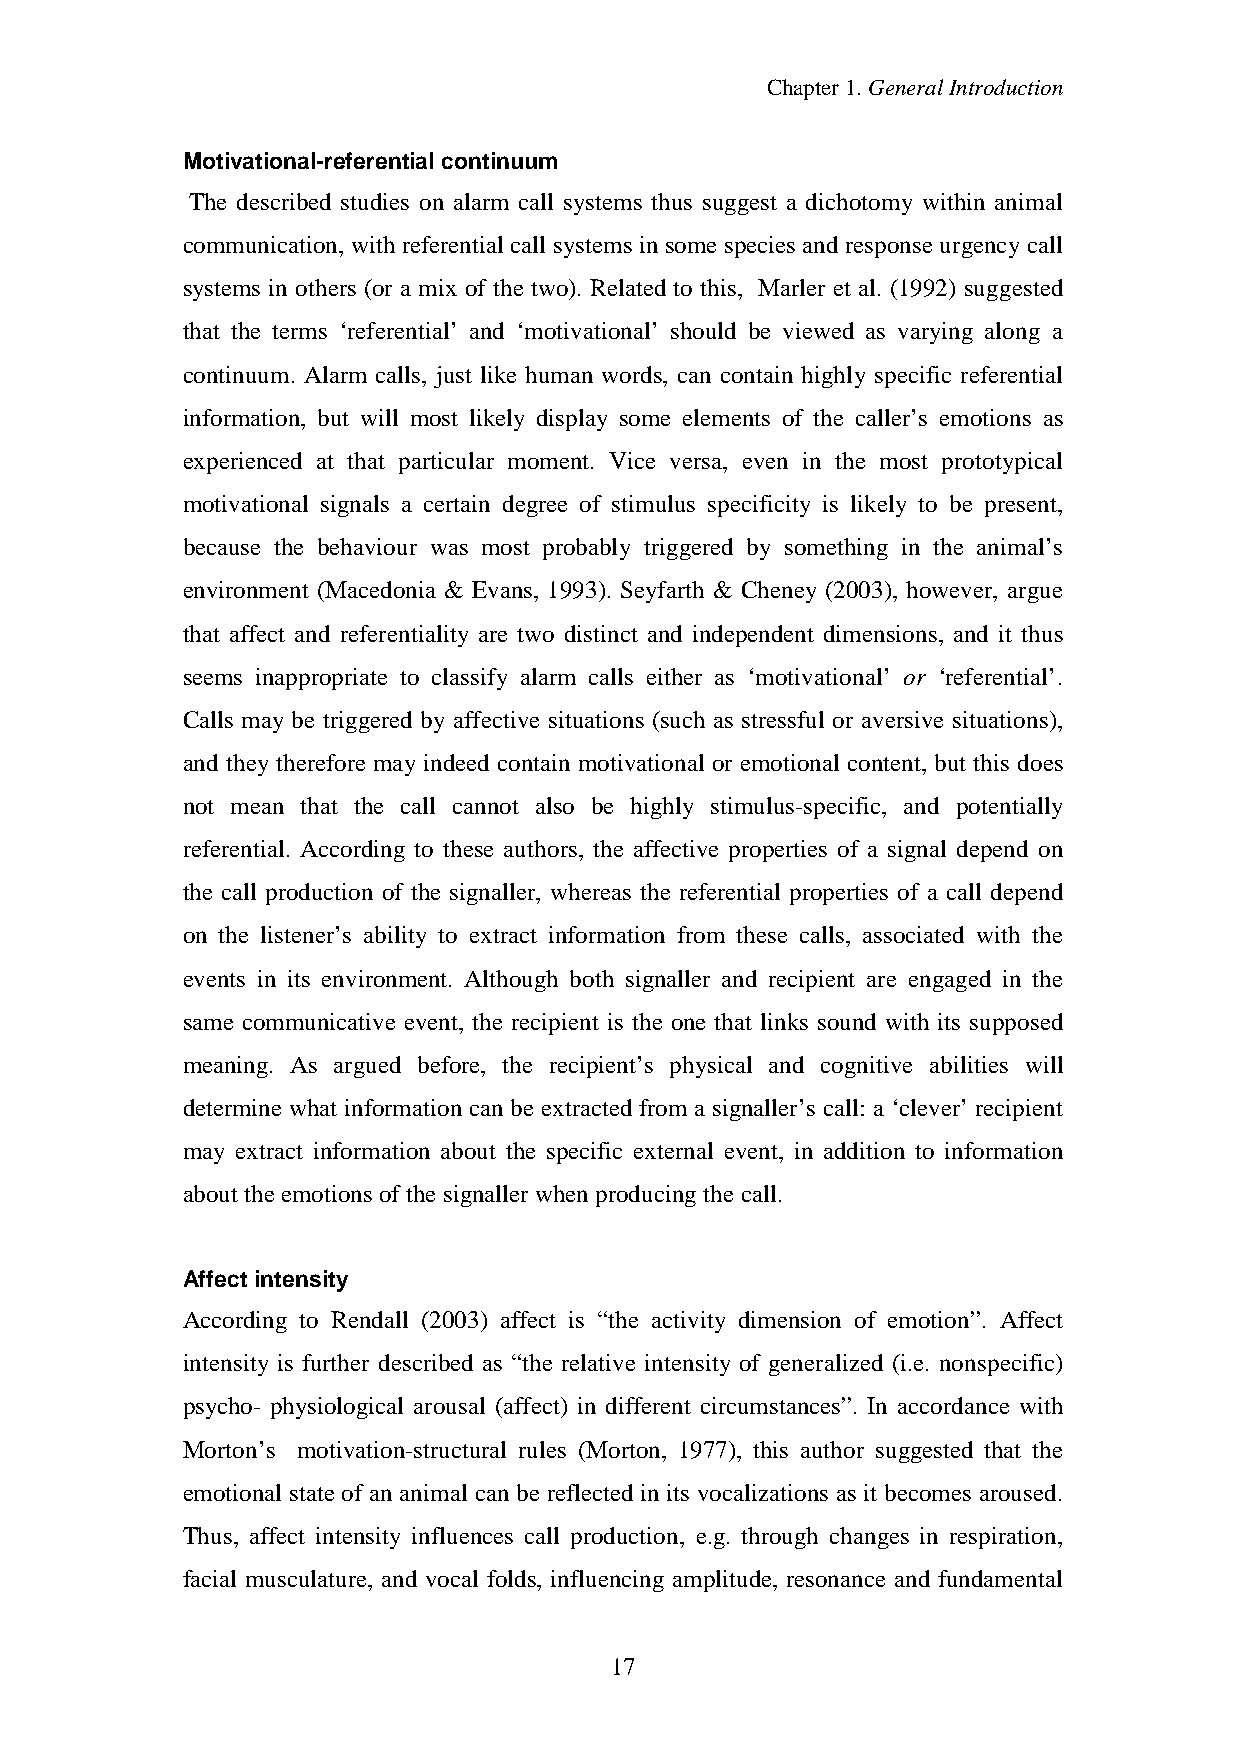
Chapter1.GeneralIntroduction
 Motivational-referential continuum
 The described studies on alarm call systems thus suggest a dichotomy within animal
 communication, with referential call systems in some species and response urgencycall
 systems in others (or a mix of the two). Related to this, Marler et al. (1992) suggested
 that the terms ‘referential’ and ‘motivational’ should be viewed as varying along a
 continuum. Alarm calls, just like human words, can contain highly specific referential
 information, but will most likely display some elements of the caller’s emotions as
 experienced at that particular moment. Vice versa, even in the most prototypical
 motivational signals a certain degree of stimulus specificity is likely to be present,
 because the behaviour was most probably triggered by something in the animal’s
 environment (Macedonia & Evans, 1993). Seyfarth & Cheney (2003), however, argue
 that affect and referentiality are two distinct and independent dimensions, and it thus
 seems inappropriate to classify alarm calls either as ‘motivational’ or ‘referential’.
 Calls may be triggered by affective situations (such as stressful or aversive situations),
 and they therefore may indeed contain motivational or emotional content, but this does
 not mean that the call cannot also be highly stimulus-specific, and potentially
 referential. According to these authors, the affective properties of a signal depend on
 the call production of the signaller, whereas the referential properties of a call depend
 on the listener’s ability to extract information from these calls, associated with the
 events in its environment. Although both signaller and recipient are engaged in the
 same communicative event, the recipient is the one that links sound with its supposed
 meaning. As argued before, the recipient’s physical and cognitive abilities will
 determine what information can be extracted from a signaller’s call: a ‘clever’ recipient
 may extract information about the specific external event, in addition to information
 about theemotions ofthe signaller whenproducingthe call.
 Affect intensity
 According to Rendall (2003) affect is “the activity dimension of emotion”. Affect
 intensity is further described as “the relative intensity of generalized (i.e. nonspecific)
 psycho- physiological arousal (affect) in different circumstances”. In accordance with
 Morton’s motivation-structural rules (Morton, 1977), this author suggested that the
 emotional state of an animal can be reflected in its vocalizations as it becomes aroused.
 Thus, affect intensity influences call production, e.g. through changes in respiration,
 facial musculature, and vocal folds, influencing amplitude, resonance and fundamental
 17